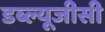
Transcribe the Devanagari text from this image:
डब्ल्यूजीसी